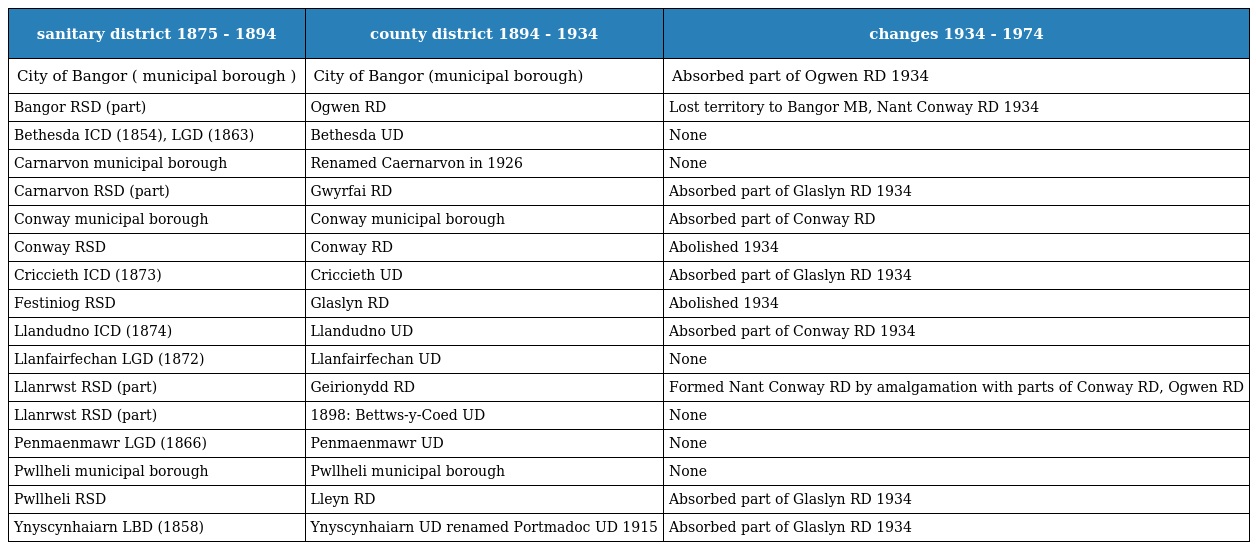
| sanitary district 1875 - 1894 | county district 1894 - 1934 | changes 1934 - 1974 |
 | --- | --- | --- |
 | City of Bangor ( municipal borough ) | City of Bangor (municipal borough) | Absorbed part of Ogwen RD 1934 |
 | Bangor RSD (part) | Ogwen RD | Lost territory to Bangor MB, Nant Conway RD 1934 |
 | Bethesda ICD (1854), LGD (1863) | Bethesda UD | None |
 | Carnarvon municipal borough | Renamed Caernarvon in 1926 | None |
 | Carnarvon RSD (part) | Gwyrfai RD | Absorbed part of Glaslyn RD 1934 |
 | Conway municipal borough | Conway municipal borough | Absorbed part of Conway RD |
 | Conway RSD | Conway RD | Abolished 1934 |
 | Criccieth ICD (1873) | Criccieth UD | Absorbed part of Glaslyn RD 1934 |
 | Festiniog RSD | Glaslyn RD | Abolished 1934 |
 | Llandudno ICD (1874) | Llandudno UD | Absorbed part of Conway RD 1934 |
 | Llanfairfechan LGD (1872) | Llanfairfechan UD | None |
 | Llanrwst RSD (part) | Geirionydd RD | Formed Nant Conway RD by amalgamation with parts of Conway RD, Ogwen RD |
 | Llanrwst RSD (part) | 1898: Bettws-y-Coed UD | None |
 | Penmaenmawr LGD (1866) | Penmaenmawr UD | None |
 | Pwllheli municipal borough | Pwllheli municipal borough | None |
 | Pwllheli RSD | Lleyn RD | Absorbed part of Glaslyn RD 1934 |
 | Ynyscynhaiarn LBD (1858) | Ynyscynhaiarn UD renamed Portmadoc UD 1915 | Absorbed part of Glaslyn RD 1934 |